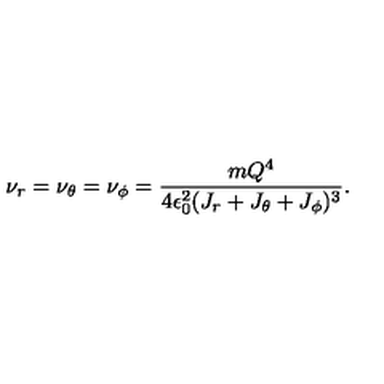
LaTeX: \nu _ { r } = \nu _ { \theta } = \nu _ { \phi } = { \frac { m Q ^ { 4 } } { 4 \epsilon _ { 0 } ^ { 2 } ( J _ { r } + J _ { \theta } + J _ { \phi } ) ^ { 3 } } } .